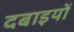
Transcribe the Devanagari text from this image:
दबाइयों